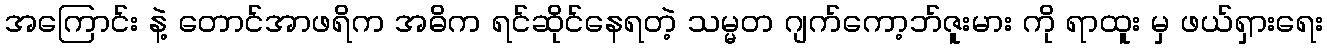
အကြောင်း နဲ့ တောင်အာဖရိက အဓိက ရင်ဆိုင်နေရတဲ့ သမ္မတ ဂျက်ကော့ဘ်ဇူးမား ကို ရာထူး မှ ဖယ်ရှားရေး